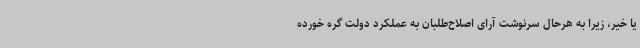
یا خیر، زیرا به هرحال سرنوشت آرای اصلاح‌طلبان به عملکرد دولت گره خورده